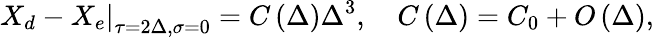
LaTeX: \left.X_{d}-X_{e}\right|_{\tau=2\Delta,\sigma=0}=C\left(\Delta\right)\Delta^{3},\quad C\left(\Delta\right)=C_{0}+O\left(\Delta\right),